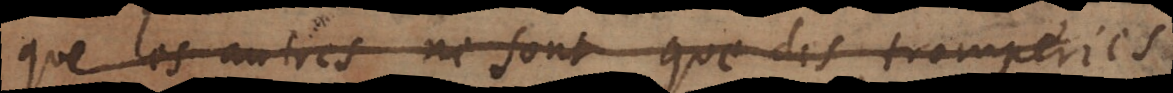
que les autres ne sont que des tromperies